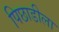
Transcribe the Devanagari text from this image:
पिछाडीला